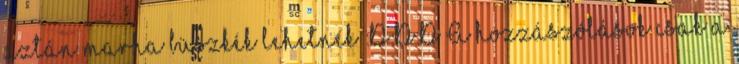
aztán marha büszkék lehetnek :D:D:D A hozzászólások csak a